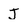
Character: J